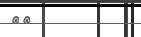
١٤